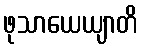
ဖုသာယေယျာတိ